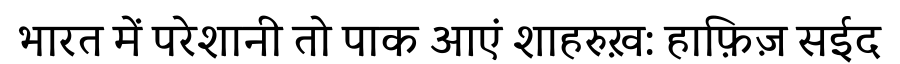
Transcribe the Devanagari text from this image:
भारत में परेशानी तो पाक आएं शाहरुख़: हाफ़िज़ सईद